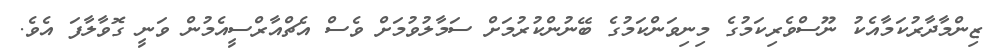
ޒިންމާދާރުކަމާއެކު ނޫސްވެރިކަމުގެ މިނިވަންކަމުގެ ބޭނުންކުރުމަށް ސަމާލުވުމަށް ވެސް އެޗްއާރްސީއެމުން ވަނީ ގޮވާލާފަ އެވެ.